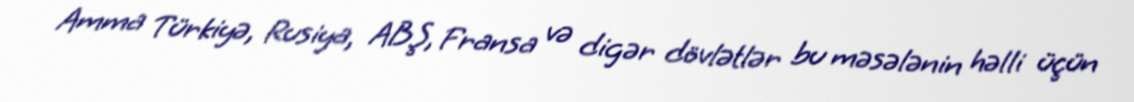
Amma Türkiyə, Rusiya, ABŞ, Fransa və digər dövlətlər bu məsələnin həlli üçün